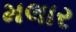
મલાર